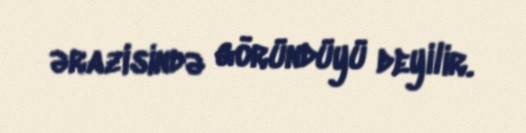
ərazisində göründüyü deyilir.